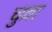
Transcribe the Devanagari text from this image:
चुल्ला